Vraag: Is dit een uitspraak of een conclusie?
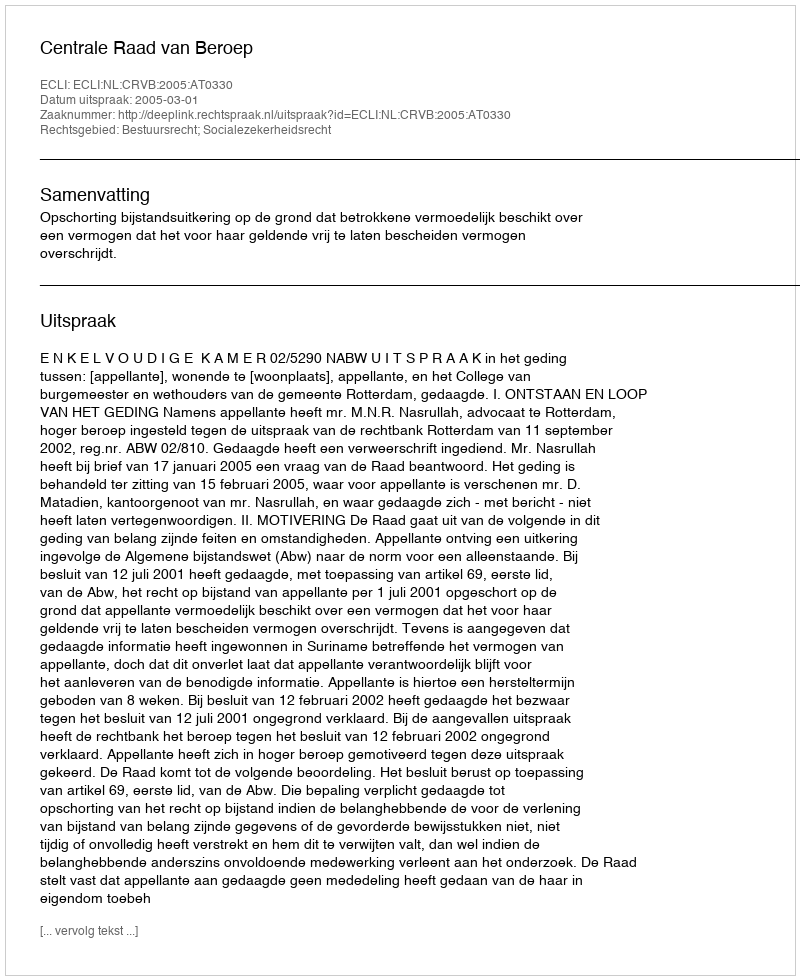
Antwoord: Uitspraak